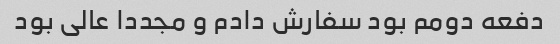
دفعه دومم بود سفارش دادم و مجددا عالی بود